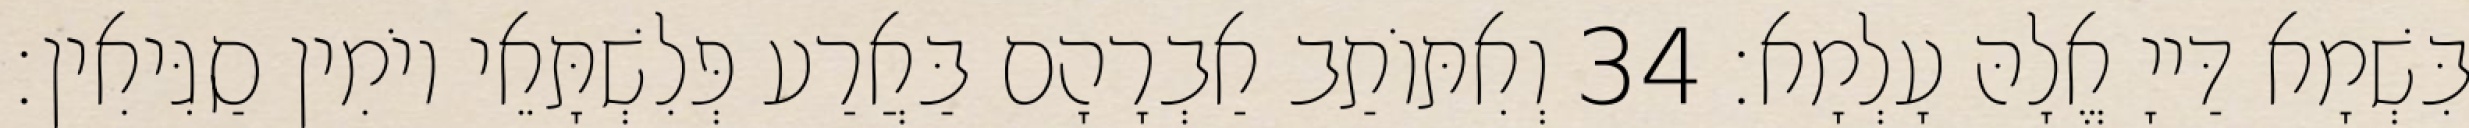
בִּשְׁמָא דַּייָ אֱלָהּ עָלְמָא׃ 34 וְאִתּוֹתַב אַבְרָהָם בַּאֲרַע פְּלִשְׁתָּאֵי יוֹמִין סַגִּיאִין׃